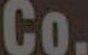
Co.